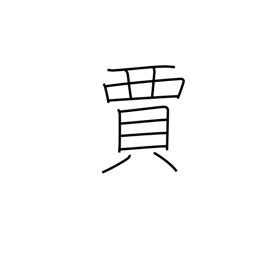
Meaning: tradesman